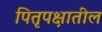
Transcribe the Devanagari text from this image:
पितृपक्षातील